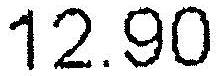
12.90